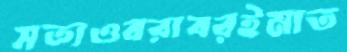
সত্যওবরাবরইমাত